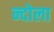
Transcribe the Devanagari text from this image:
न्दोला